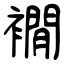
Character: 襉